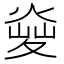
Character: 𤋬